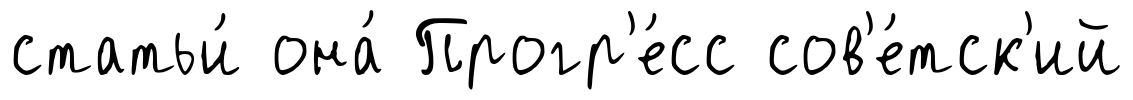
статьи́ она́ Прогр'е́сс сов'е́тск'ий